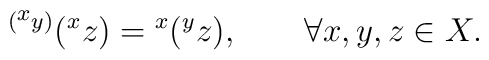
{}^{({}^{\scriptstyle x}y)}({}^x z)={}^x({}^yz),\qquad \forall x,y,z\in X.